Mental hospitals Bombay report 1929-33 - 1929-1933
Year: 1929
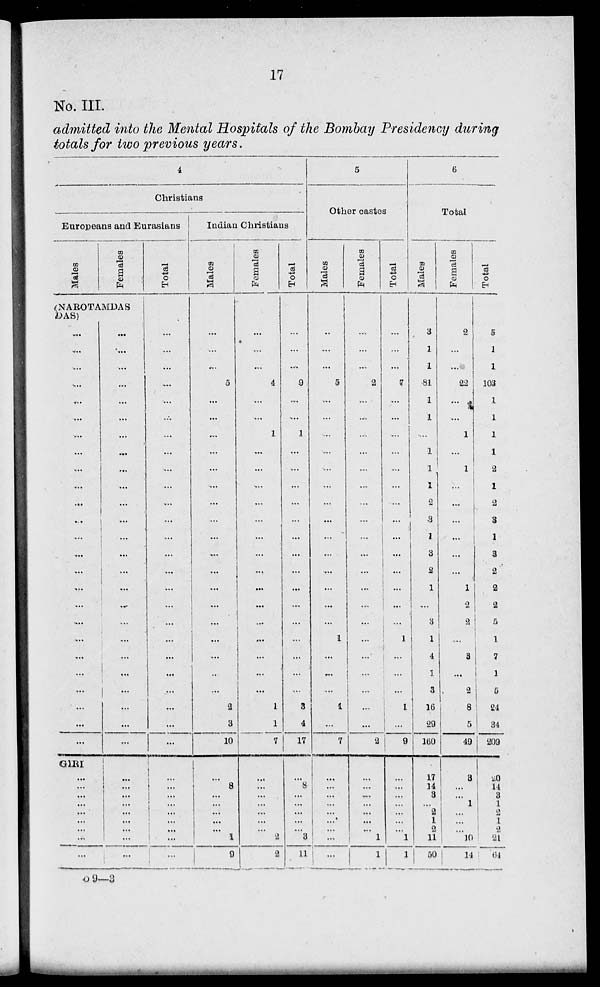
17
No. III.
admitted into the Mental Hospitals of the Bombay Presidency during
totals for two previous years.
4
Christians
Europeans and Eurasians
Males
Females
(NAROTAMDAS
DAS)
...
...
...
...
...
...
...
...
...
...
...
...
...
...
...
...
...
...
...
...
...
...
...
...
...
GIRI
...
...
...
...
...
...
...
...
...
...
...
...
...
...
...
...
...
...
...
...
...
...
...
...
...
...
...
...
...
...
...
...
...
...
...
...
...
...
...
...
...
...
...
...
Total
...
...
...
...
...
...
...
...
...
...
...
...
...
...
...
...
...
...
...
...
...
...
...
...
...
...
...
...
...
...
...
...
...
...
Indian Christians
Males
...
...
...
5
...
...
...
...
...
...
...
...
...
...
...
...
...
...
...
...
...
...
2
3
10
...
8
...
...
...
...
...
1
9
Females
...
...
...
4
...
...
1
...
...
...
...
....
...
...
...
...
...
...
...
...
...
...
1
1
7
...
...
...
...
...
...
...
2
2
Total
...
...
...
9
...
...
1
...
....
...
...
...
...
...
...
...
...
...
...
...
...
...
3
4
17
...
8
...
...
...
...
...
3
11
5
Other castes
Males
...
...
...
5
...
...
...
...
...
...
...
...
...
...
...
...
...
1
...
...
...
1
...
7
...
...
...
...
...
...
...
...
...
Females
...
...
....
2
....
...
...
...
...
...
...
...
...
...
...
...
...
...
...
...
...
...
...
...
2
...
...
...
...
...
...
...
1
1
Total
...
...
...
7
...
...
...
...
...
...
...
...
...
...
...
...
...
...
1
...
...
...
1
...
9
...
...
...
...
...
...
...
1
1
6
Total
Males
3
1
1
81
1
1
...
1
1
1
2
3
1
3
2
1
...
3
1
4
1
3
16
29
160
17
14
3
...
2
1
2
11
50
Females
2
...
...
22
...
...
1
...
1
...
...
...
...
...
...
1
2
2
...
3
...
2
8
5
49
3
...
...
1
...
...
...
10
14
Total
5
1
1
103
1
1
1
1
2
1
2
3
1
3
2
2
2
5
1
7
1
5
24
34
209
20
14
3
1
2
1
2
21
64
O9—3